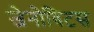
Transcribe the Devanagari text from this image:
जेनोविटस